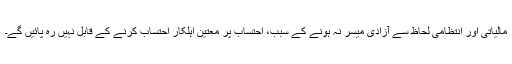
مالیاتی اور انتظامی لحاظ سے آزادی میسر نہ ہونے کے سبب، احتساب پر معتین اہلکار احتساب کرنے کے قابل نہیں رہ پائیں گے۔